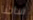
ساخنا